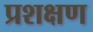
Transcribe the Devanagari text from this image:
प्रशक्षण